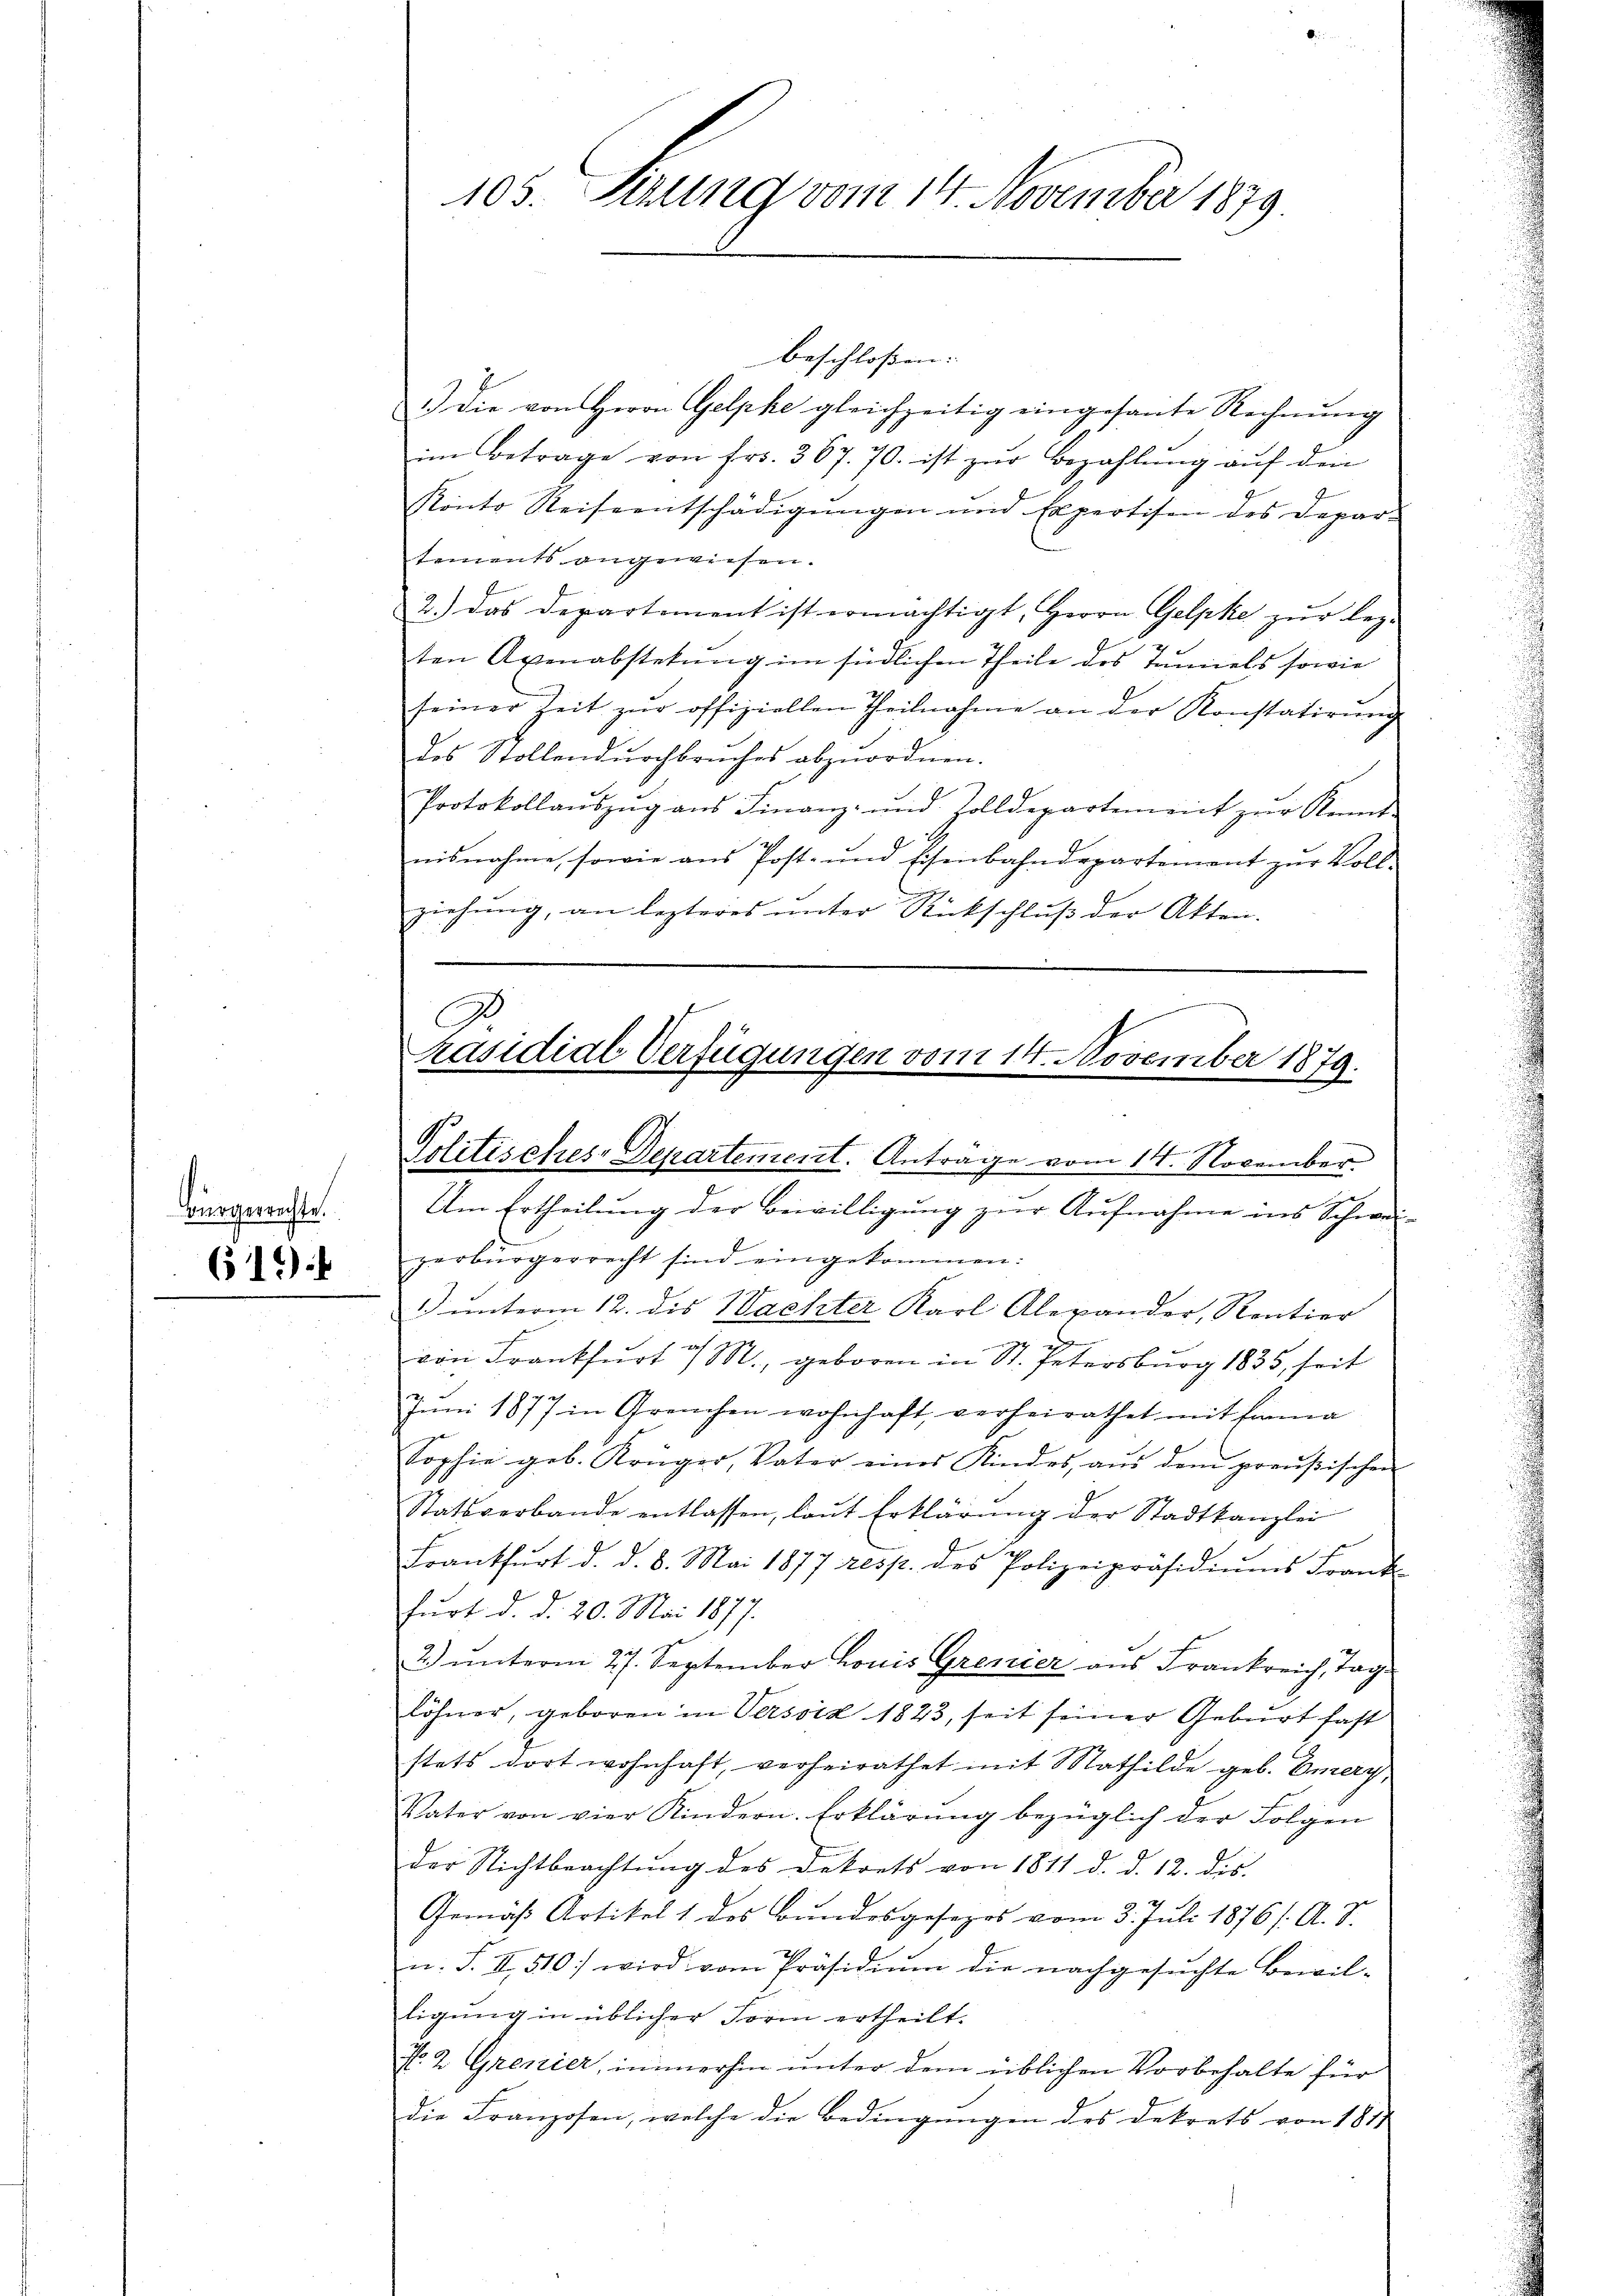
Biergerrechte.

619.

105. Sizung vom 14. November 1879

3
räsidial-Verfügungen vom 14. November 1879.
Politisches-Departement. Anträge vom 14. November.
e

beschlossen: |
 die von Herrn Gelphe gleichzeitig eingesante Rechnŭng
im Betrage von fr. 367. 70. ist zŭr Bezahlŭng aŭf den
Konto Reiseentschädigŭngen und Expertisen des Depar-
tements angewiesen.
2.) Das Departement ist ermächtigt, Herrn Gelpke zur leg-
ten Axenabstehung im siedlichen Theile des Tannels sowie
seiner Zeit zŭr offiziellen Theilnahme an der Konstatirŭng
des Stollendurchbruches abzuordnen.
Protokollaŭszŭg ans Finanz- und Zolldepartement zŭr Kennt-
nisnahme, sowie ans Post- und Eisenbahndepartement zŭr Voll-
ziehung, an lezteres unter Rückschluß der Akten.

Um Ertheilung der Beiwilligung zur Aufnahme ins Schwei-
zerbürgerrecht sind eingekommen:
1) unterm 12. dis Nachter Karl Alexander, Rentier

2
von Frankfurt a/M., geboren in St. Petersburg 1835, seit
2
Juni 1877 in Greuchen wohnhaft verheirathet mit Einna
Sophie geb. Krüger, Vater eines Kindes, aŭs dem preußischen
Statsverbande entlassen, laŭt Erklärŭng der Stadtkanzlei
Frankfurt d. d. 8. Mai 1877 resp. des Polizeipräsidiums Frank
furt d. d. 20. Mai 1877.
2) ŭnterm 27. September Louis Grenier aus Frankreich, Tag
löhner, geboren in Versiz 1823, seit seiner Geburt fast
stets dort wohnhaft, verheirathet mit Mathilde geb. Emery,
Vater von vier Kindern. Erklärŭng bezüglich der Folgen
der Nichtbeachtŭng des Dekrets von 1811 d. d. 12. dis
Gemäß Artikel 1 des Bundesgesezes vom 3. Juli 1876 /: A. S.
n. F. II, 510) wird vom Präsidium die nachgesuchte Bewilligung in üblicher Form ertheilt.
No. 2. Grenier, immerhin unter dem üblichen Vorbehalte für
die Franzosen, welche die Bedingŭngen des Dekrets von 1811
.